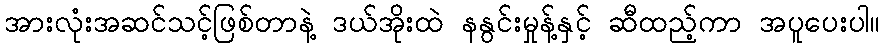
အားလုံးအဆင်သင့်ဖြစ်တာနဲ့ ဒယ်အိုးထဲ နနွင်းမှုန့်နှင့် ဆီထည့်ကာ အပူပေးပါ။